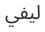
ليفي